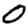
Digit: 0